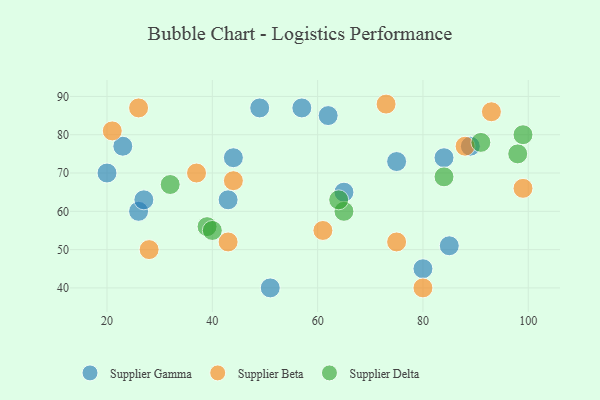
{"axis": {"x": "GDP", "y": "Life Expectancy"}, "legend": ["Supplier Beta", "Supplier Delta", "Supplier Gamma"], "data": [{"x": "89", "y": 77, "type": "Supplier Gamma"}, {"x": "44", "y": 74, "type": "Supplier Gamma"}, {"x": "20", "y": 70, "type": "Supplier Gamma"}, {"x": "51", "y": 40, "type": "Supplier Gamma"}, {"x": "75", "y": 73, "type": "Supplier Gamma"}, {"x": "26", "y": 60, "type": "Supplier Gamma"}, {"x": "57", "y": 87, "type": "Supplier Gamma"}, {"x": "27", "y": 63, "type": "Supplier Gamma"}, {"x": "23", "y": 77, "type": "Supplier Gamma"}, {"x": "80", "y": 45, "type": "Supplier Gamma"}, {"x": "62", "y": 85, "type": "Supplier Gamma"}, {"x": "84", "y": 74, "type": "Supplier Gamma"}, {"x": "85", "y": 51, "type": "Supplier Gamma"}, {"x": "43", "y": 63, "type": "Supplier Gamma"}, {"x": "49", "y": 87, "type": "Supplier Gamma"}, {"x": "65", "y": 65, "type": "Supplier Gamma"}, {"x": "44", "y": 68, "type": "Supplier Beta"}, {"x": "93", "y": 86, "type": "Supplier Beta"}, {"x": "80", "y": 40, "type": "Supplier Beta"}, {"x": "61", "y": 55, "type": "Supplier Beta"}, {"x": "99", "y": 66, "type": "Supplier Beta"}, {"x": "26", "y": 87, "type": "Supplier Beta"}, {"x": "75", "y": 52, "type": "Supplier Beta"}, {"x": "21", "y": 81, "type": "Supplier Beta"}, {"x": "73", "y": 88, "type": "Supplier Beta"}, {"x": "88", "y": 77, "type": "Supplier Beta"}, {"x": "43", "y": 52, "type": "Supplier Beta"}, {"x": "28", "y": 50, "type": "Supplier Beta"}, {"x": "37", "y": 70, "type": "Supplier Beta"}, {"x": "65", "y": 60, "type": "Supplier Delta"}, {"x": "84", "y": 69, "type": "Supplier Delta"}, {"x": "64", "y": 63, "type": "Supplier Delta"}, {"x": "39", "y": 56, "type": "Supplier Delta"}, {"x": "40", "y": 55, "type": "Supplier Delta"}, {"x": "99", "y": 80, "type": "Supplier Delta"}, {"x": "98", "y": 75, "type": "Supplier Delta"}, {"x": "91", "y": 78, "type": "Supplier Delta"}, {"x": "32", "y": 67, "type": "Supplier Delta"}]}